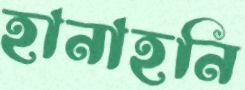
হানাহনি